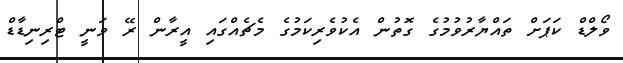
ވޯލްޑް ކަޕަށް ތައްޔާރުވުމުގެ ގޮތުން އެކުވެރިކަމުގެ މެޗެއްގައި އީރާން ރޭ ވަނީ ޓްރިނިޑާޑް